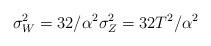
LaTeX: \begin{align*} \sigma_W^2 = 32/\alpha^2 \sigma_Z^2 = 32T^2/\alpha^2\end{align*}